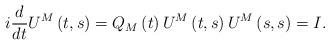
LaTeX: \begin{align*}i\frac{d}{dt}U^{M}\left( t,s\right) =Q_{M}\left( t\right) U^{M}\left(t,s\right) U^{M}\left( s,s\right) =I. \end{align*}